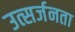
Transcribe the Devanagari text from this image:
उत्सर्जनता